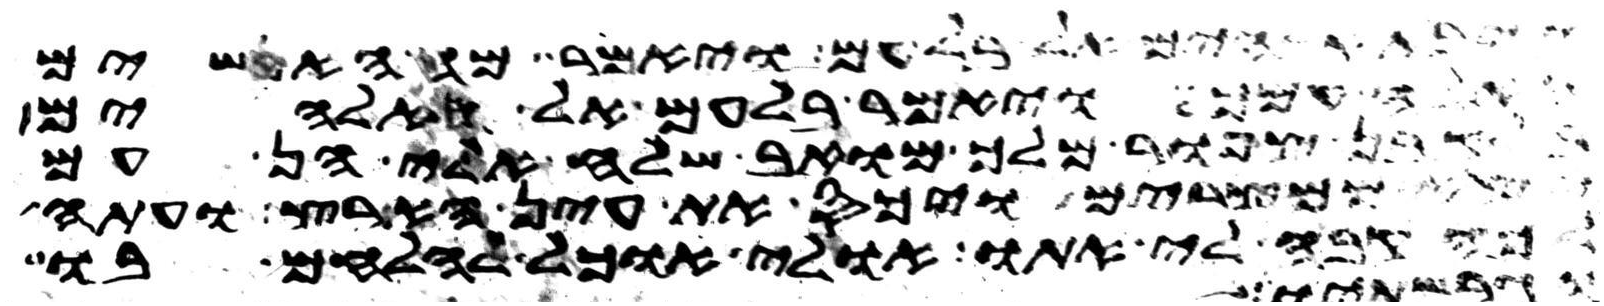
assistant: אלהים אל בלעם ויאמר מה האנשים
האלה עמך ויאמר בלעם אל האלהים
בן צפור מלך מואב שלח אלי הן עם
יצא ממצרים ויכס את עין הארץ ועתה
לכה קבה לי אתו אולי אוכל להלחם בו